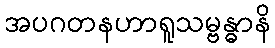
အပဂတနဟာရူသမ္ဗန္ဓာနိ